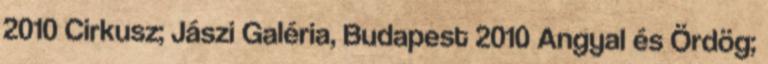
2010 Cirkusz; Jászi Galéria, Budapest 2010 Angyal és Ördög;